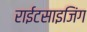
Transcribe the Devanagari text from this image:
राईटसाइजिंग